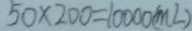
5 0 \times 2 0 0 = 1 0 0 0 0 ( m l )